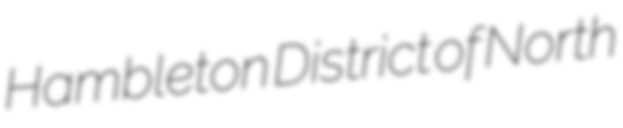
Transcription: Hambleton District of North